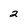
Character: 2